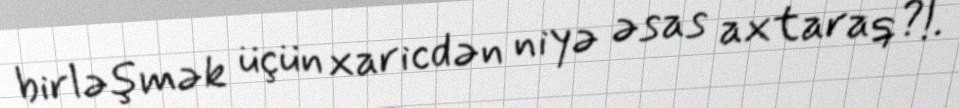
birləşmək üçün xaricdən niyə əsas axtaraq?!.